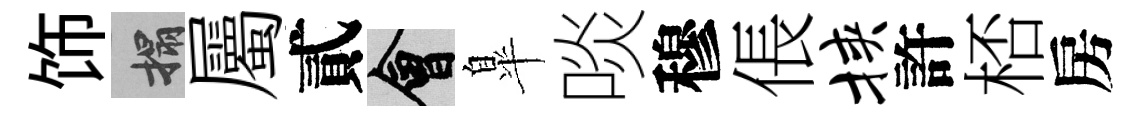
饰搨屬貳會臯啖穆倀挟許桮房